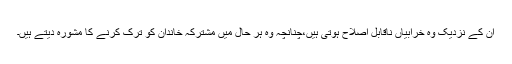
ان کے نزدیک وہ خرابیاں ناقابلِ اصلاح ہوتی ہیں،چنانچہ وہ ہر حال میں مشترکہ خاندان کو ترک کرنے کا مشورہ دیتے ہیں۔